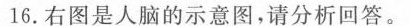
16.右图是人脑的示意图，请分析回答。